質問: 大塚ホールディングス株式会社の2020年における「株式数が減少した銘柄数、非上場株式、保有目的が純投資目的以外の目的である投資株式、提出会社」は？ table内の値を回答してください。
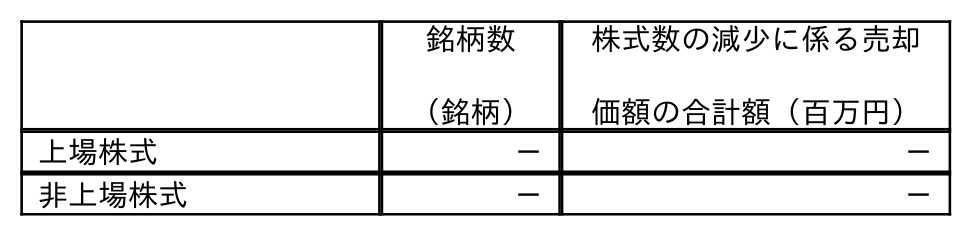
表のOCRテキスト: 銘柄数 （銘柄） 株式数の減少に係る売却 価額の合計額（百万円） 上場株式 － － 非上場株式 － －
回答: －